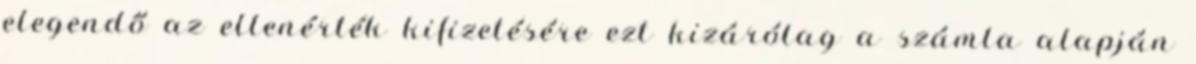
elegendő az ellenérték kifizetésére ezt kizárólag a számla alapján